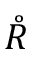
\mathring { R }